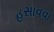
હસાવવા